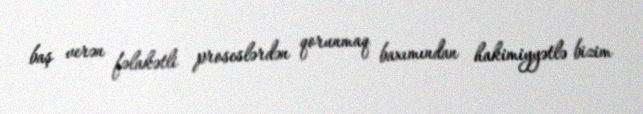
baş verən fəlakətli proseslərdən qorunmaq baxımından hakimiyyətlə bizim